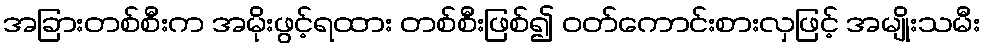
အခြားတစ်စီးက အမိုးဖွင့်ရထား တစ်စီးဖြစ်၍ ဝတ်ကောင်းစားလှဖြင့် အမျိုးသမီး